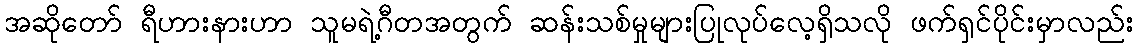
အဆိုတော် ရီဟားနားဟာ သူမရဲ့ဂီတအတွက် ဆန်းသစ်မှုများပြုလုပ်လေ့ရှိသလို ဖက်ရှင်ပိုင်းမှာလည်း